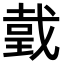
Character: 𢧜